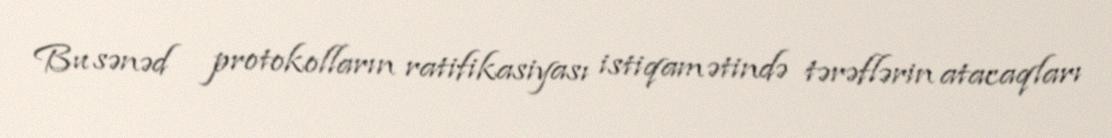
Bu sənəd protokolların ratifikasiyası istiqamətində tərəflərin atacaqları